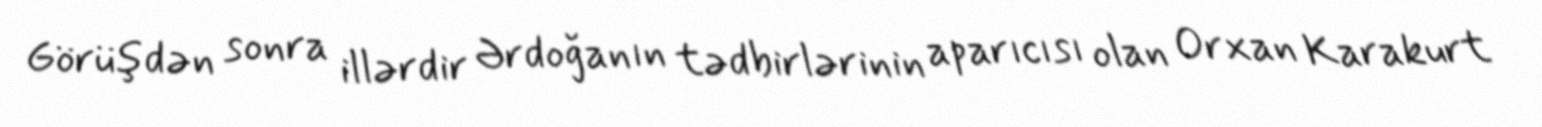
Görüşdən sonra illərdir Ərdoğanın tədbirlərinin aparıcısı olan Orxan Karakurt